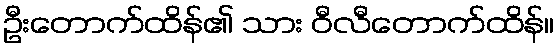
ဦးတောက်ထိန်၏ သား ဝီလီတောက်ထိန်။